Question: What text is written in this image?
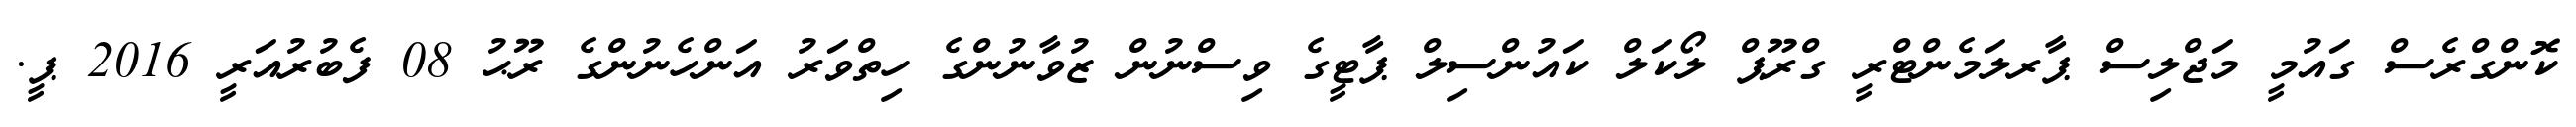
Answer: ކޮންގްރެސް ގައުމީ މަޖްލިސް ޕާރލަމެންޓްރީ ގްރޫޕް ލޯކަލް ކައުންސިލް ޕާޓީގެ ވިސްނުން ޒުވާނުންގެ ހިތްވަރު އަންހެނުންގެ ރޫޙު 08 ފެބުރުއަރީ 2016 ޕީ.